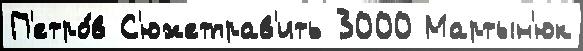
П'етро́в С'южетправ'ить 3000 Мартын'юк